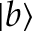
| b \rangle